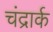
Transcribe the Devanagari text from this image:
चंद्रार्क